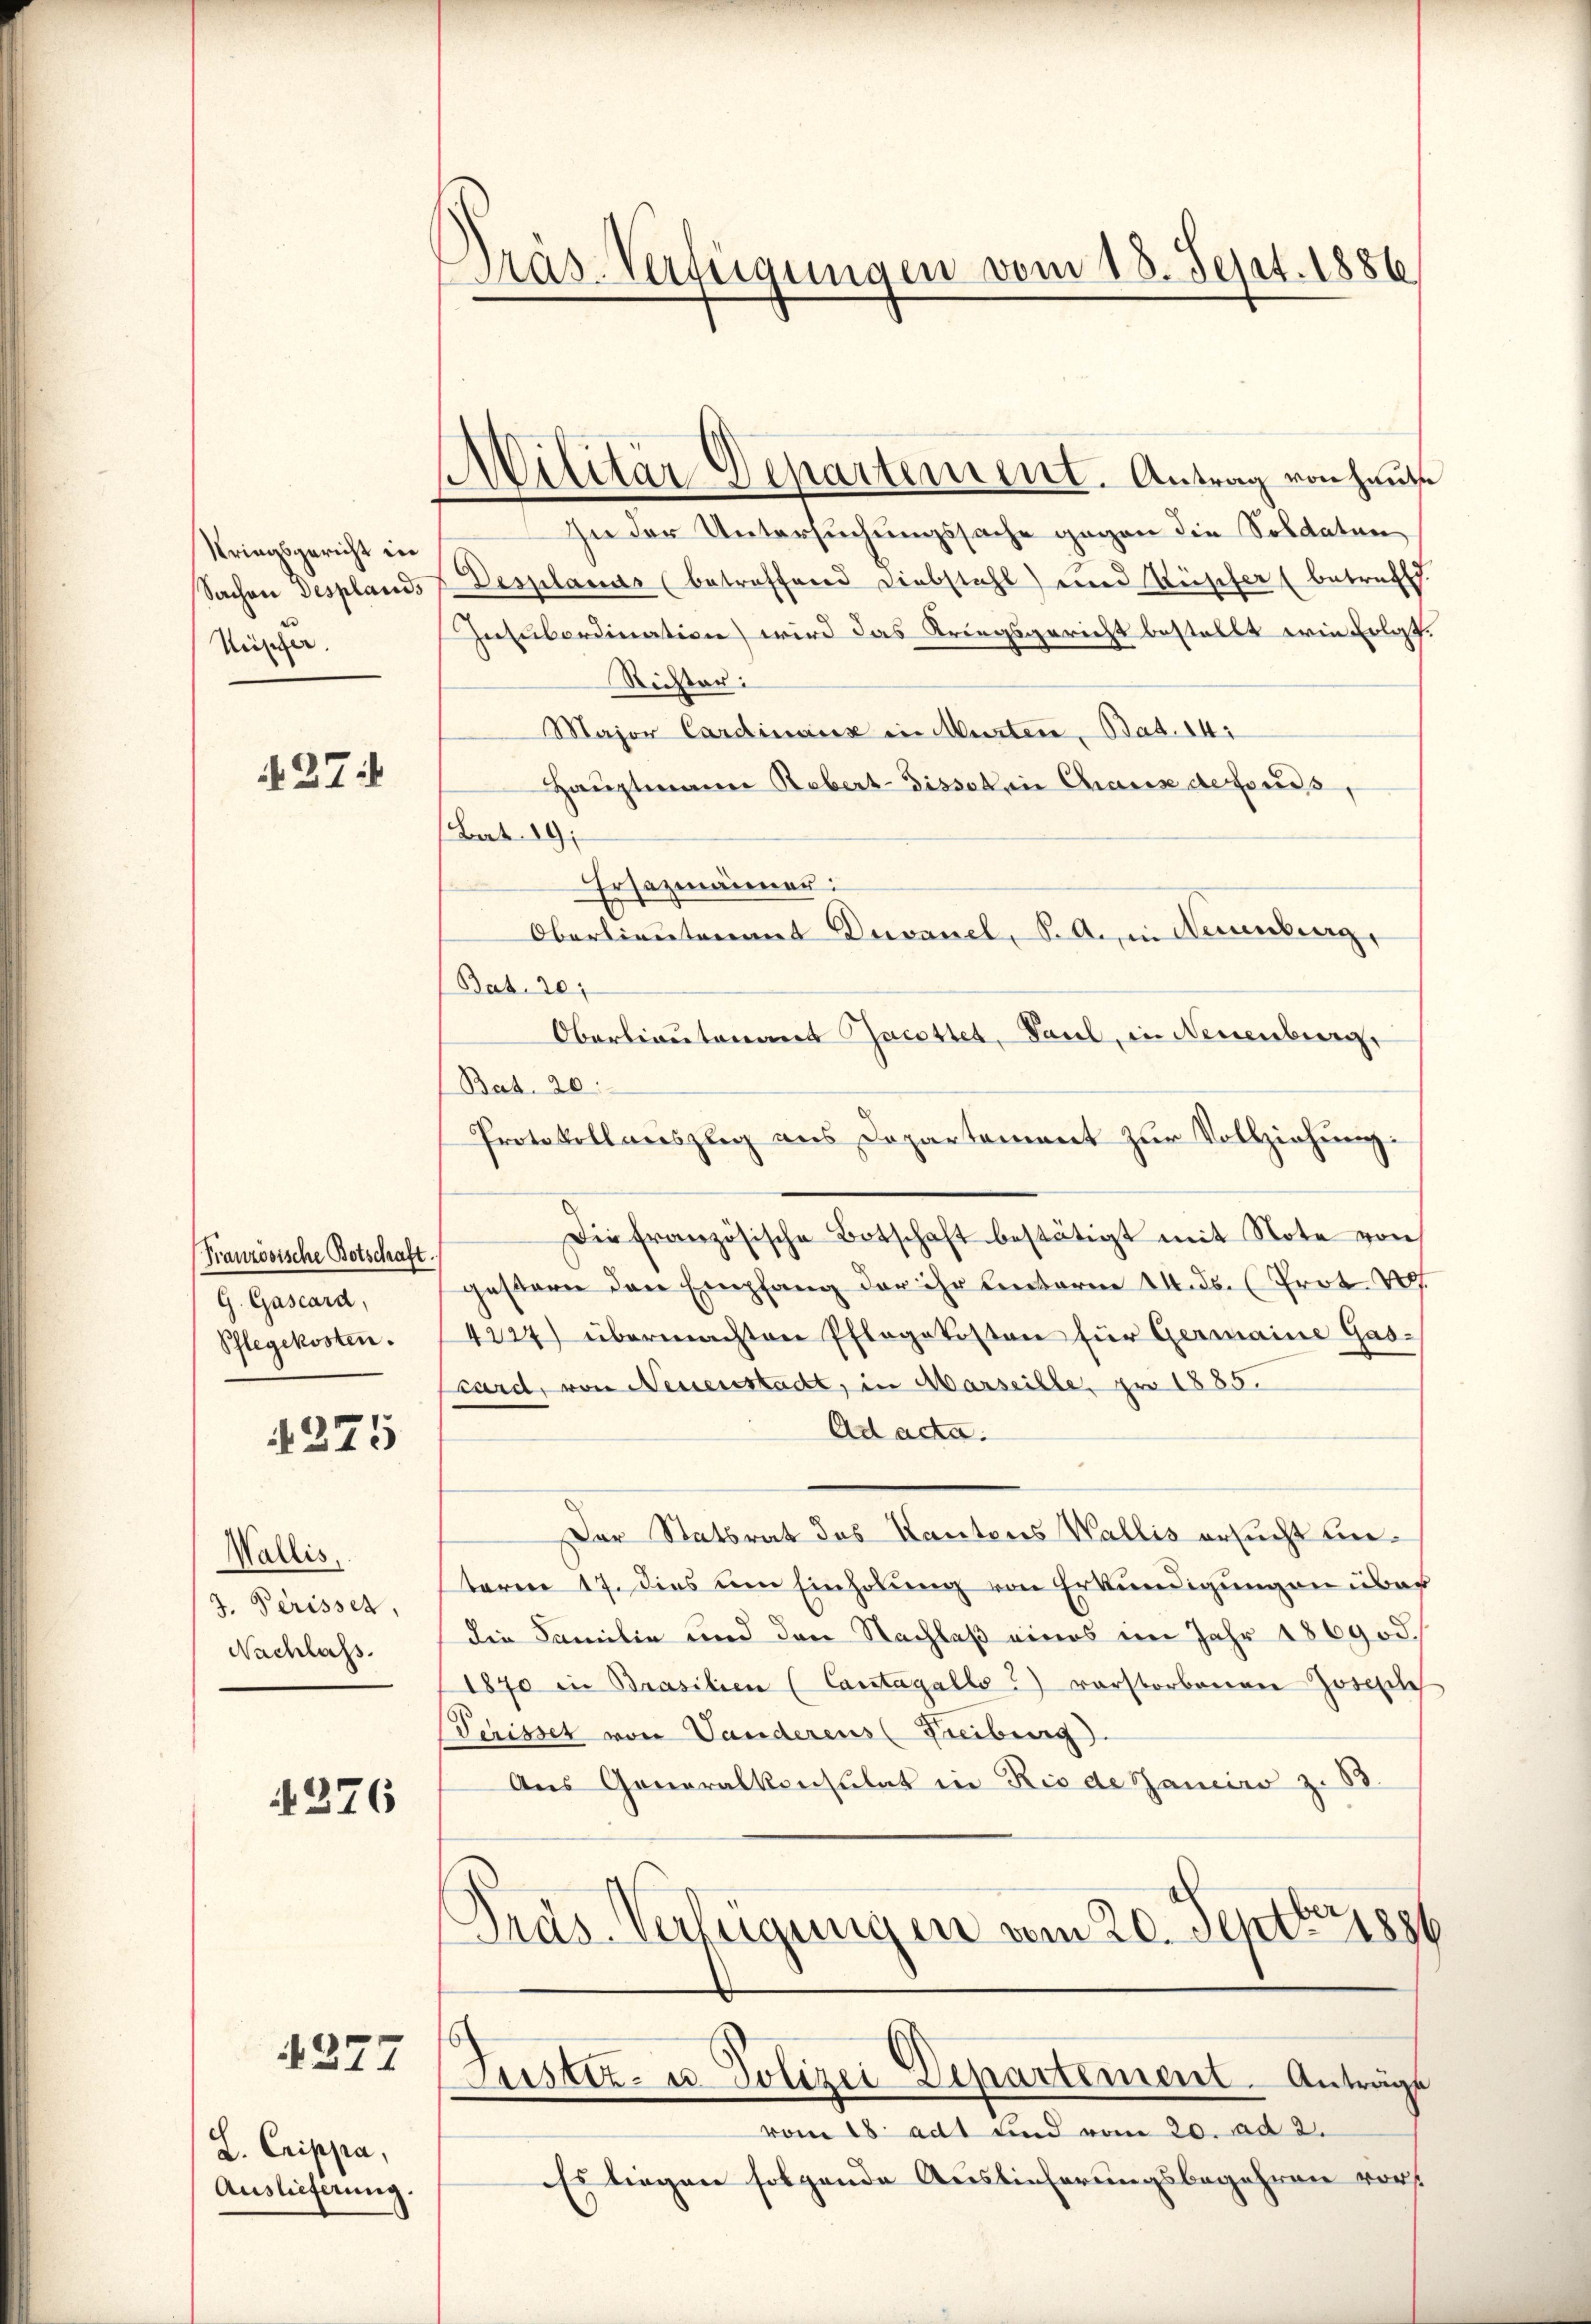
Kriegsgericht in
Sachen Desplands
Nüscher

37:

Französische Botschaft.
G. Gascard,
Schlegekosten.

4275

Wallis.
3. Perisser,
Nachlass.

§376

277

L. Crippa,
Auslieferung.

Präs-Verfügungen vom 18. Sept. 1886

Militär Departement. Antrag von Haus

In der Untersuchungssache gegen die Soldaten
Desplanas (betreffend Diebstahl) eine Reischer (betreffd.
Insubordination wird das Kriegsgericht bestellt wie Erlas
Richter:
Major Cardinanz in Murten, Bat. 14:
Hauptmann Rebert-Tissoren Chaus defonds,
Bat. 19;
Ersezmänner:
Oberlieutenant Duvanel, Stein Neuenburg,
Bat. 20,
Oberlieutenant Jacottet, Paul, in Neuenburg,
Bat. 20:
Protokollauszug aus Departement zur Vollziehung:
Die französische Botschaft bestätigt mit Note von
gestern den Empfang der ihr Lentorne 14.ds. (Prot. Vg
4224) übermachten Pflegekosten für Germaine Gas-
card, von Neuenstadt, in Marseille, pro 1885.
Ad acta.
Der Statsrat des Kantons Wallis ersucht beteren 17. Dies um Einholung von Erkundigungen über
die Familie und den Nachlaß eines im Jahr 1869 d.
1870 in Brasilien (Cantagalls a) vorstorbenen Josepile
Terisset von Vanderens (Freiburg).
Aus Goneralkonsulat in Rio de Sancies z. B.
Pras-Verfügungen vom 20. Septbr. 1881
Justiz- u. Polizei Departement. Anträge
vom 18. adt und vom 20. ad 2.
Es liegen folgende Auslieferungsbegehren vors